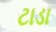
ટાડા